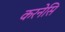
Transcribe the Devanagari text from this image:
करनेसि